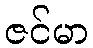
ဇင်မာ